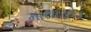
માથાફોડ